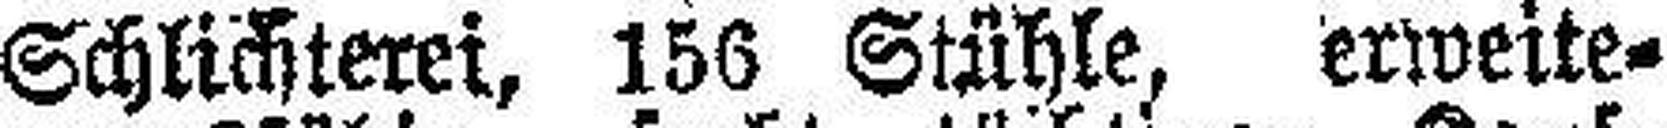
Schlichterei, 156 Stühle, erweite¬